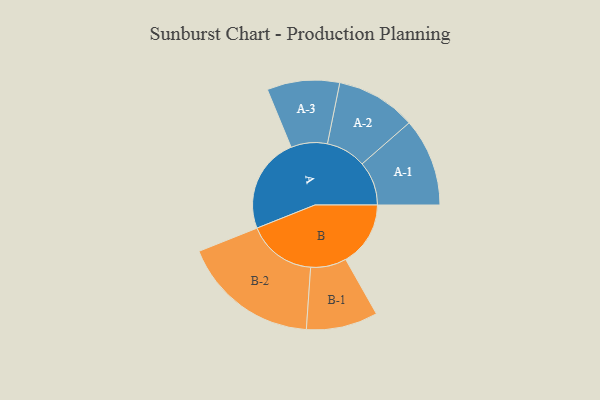
{"axis": {"x": "Segment", "y": "Value"}, "legend": ["", "A", "B"], "data": [{"x": "A", "y": 382, "type": ""}, {"x": "B", "y": 259, "type": ""}, {"x": "A-1", "y": 176, "type": "A"}, {"x": "A-2", "y": 160, "type": "A"}, {"x": "A-3", "y": 145, "type": "A"}, {"x": "B-1", "y": 143, "type": "B"}, {"x": "B-2", "y": 275, "type": "B"}]}